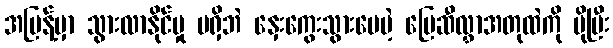
အပြန့်မှာ သွားလာနိုင်မှု မရှိဘဲ နှေးကွေးသွားပေမဲ့ မြေဆီလွှာအတုထဲကို ပိုပြီး